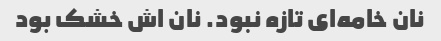
نان خامه‌ای تازه نبود. نان اش خشک بود